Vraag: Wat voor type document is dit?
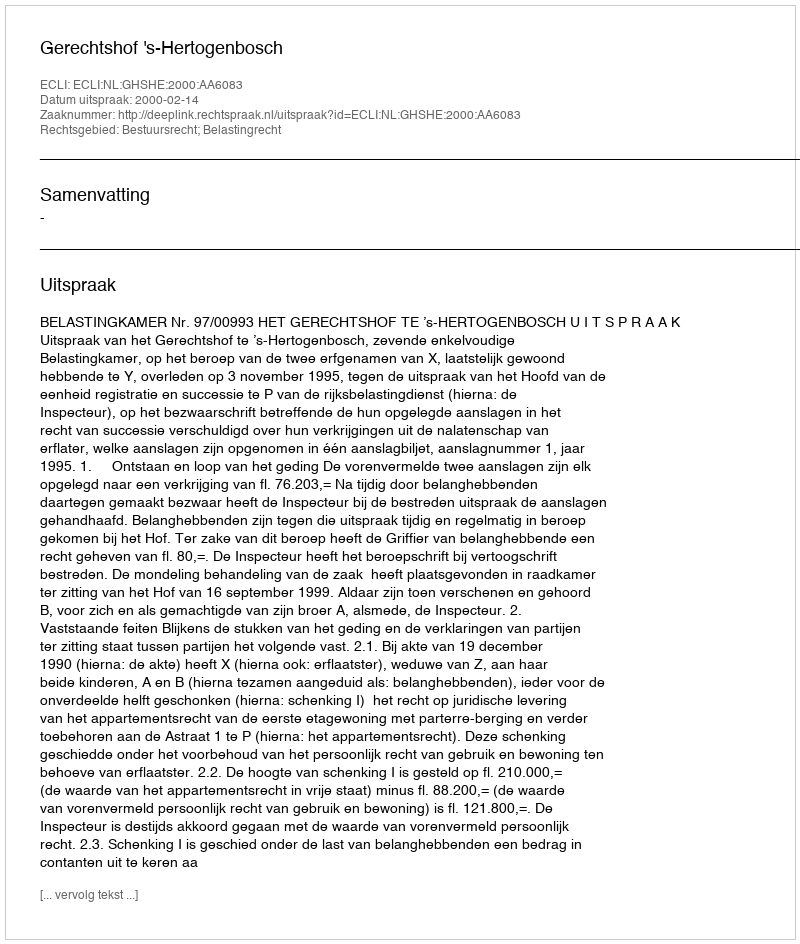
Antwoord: Uitspraak